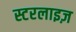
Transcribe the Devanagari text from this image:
स्टरलाइज़